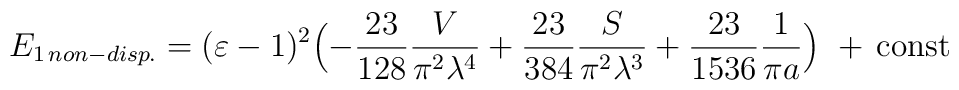
E_{1 \, non-disp.} =(\varepsilon - 1)^2 \Bigl(-\frac{23}{128}\frac{V}{\pi^2 \lambda^4}+ \frac{23}{384}\frac{S}{\pi^2 \lambda^3} + \frac{23}{1536} \frac{1}{\pi a} \Bigr)\,\, + \, \mbox{const}